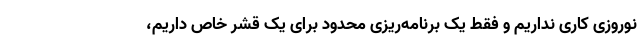
نوروزی کاری نداریم و فقط یک برنامه‌ریزی محدود برای یک قشر خاص داریم،